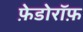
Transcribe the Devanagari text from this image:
फ़ेडोरॉफ़